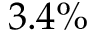
3 . 4 \%